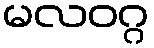
မလဝဂ္ဂ